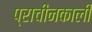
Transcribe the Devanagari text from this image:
प्राचीनकाली